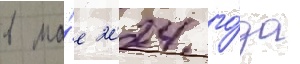
в ма́е 2024 го́да